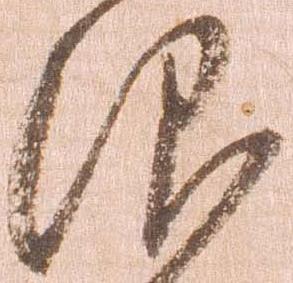
仰